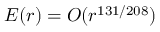
E ( r ) = O ( r ^ { 1 3 1 / 2 0 8 } )